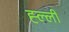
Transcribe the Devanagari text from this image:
ह्ल्ली